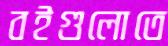
বইগুলোতে